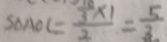
S _ { \Delta A O C } = \frac { \frac { 1 0 } { 3 } \times 1 } { 2 } = \frac { 5 } { 3 }